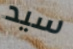
سيد